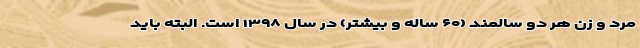
مرد و زن هر دو سالمند (۶۰ ساله و بیشتر) در سال ۱۳۹۸ است. البته باید